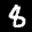
Label: 8